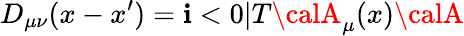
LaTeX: D_{\mu\nu}(x-x^{\prime})=\mathbf{i}<0|T{\calA}_{\mu}(x){\calA}